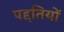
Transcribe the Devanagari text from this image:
पद्दतियों